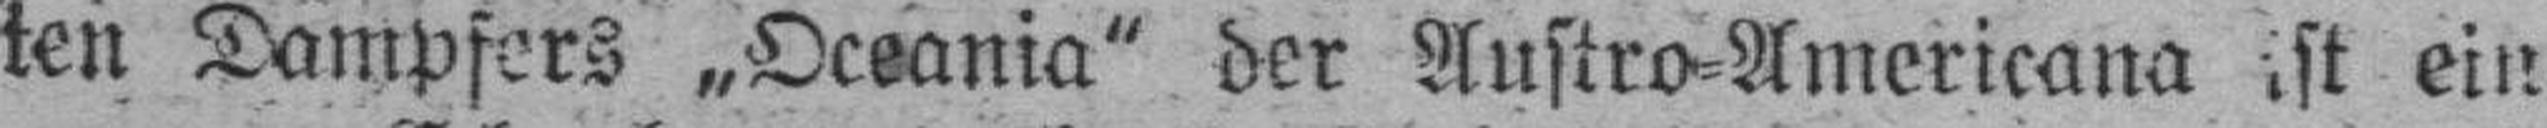
ten Dampfers „Oceania“ der Austro=Americana ist ein